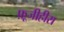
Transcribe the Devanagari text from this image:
फ़ूजीहीरा